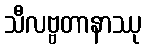
သီလဗ္ဗတာနာဿု